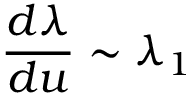
\frac { d \lambda } { d u } \sim \lambda _ { 1 }